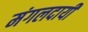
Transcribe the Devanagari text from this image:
मंगलदायी